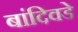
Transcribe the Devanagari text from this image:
बांदिवडे